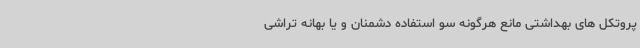
پروتکل های بهداشتی مانع هرگونه سو استفاده دشمنان و یا بهانه تراشی